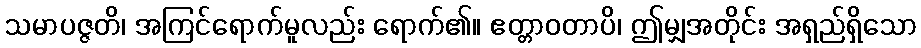
သမာပဇ္ဇတိ၊ အကြင်ရောက်မူလည်း ရောက်၏။ ဧတ္တာဝတာပိ၊ ဤမျှအတိုင်း အရှည်ရှိသော